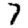
Digit: 7